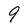
Character: 9